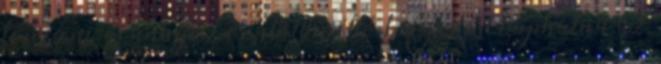
tervezni, és annyi – ezalatt méltó befejezést kaphatna az